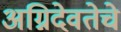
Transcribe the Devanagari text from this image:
अग्निदेवतेचे